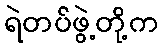
ရဲတပ်ဖွဲ့တို့က